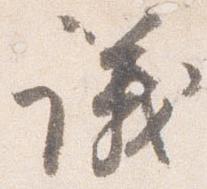
議